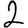
Digit: 2